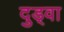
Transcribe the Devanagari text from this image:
दुड्वा